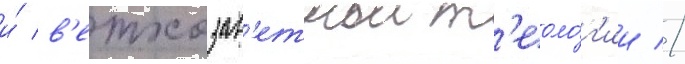
и́ в'етхозав'етнои т'еоло́г'ии //